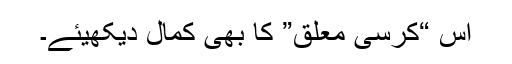
اس “کُرسی معلق” کا بھی کمال دیکھیئے۔